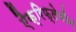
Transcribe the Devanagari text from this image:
एैक्रिफ्लेबीन